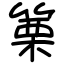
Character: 篥